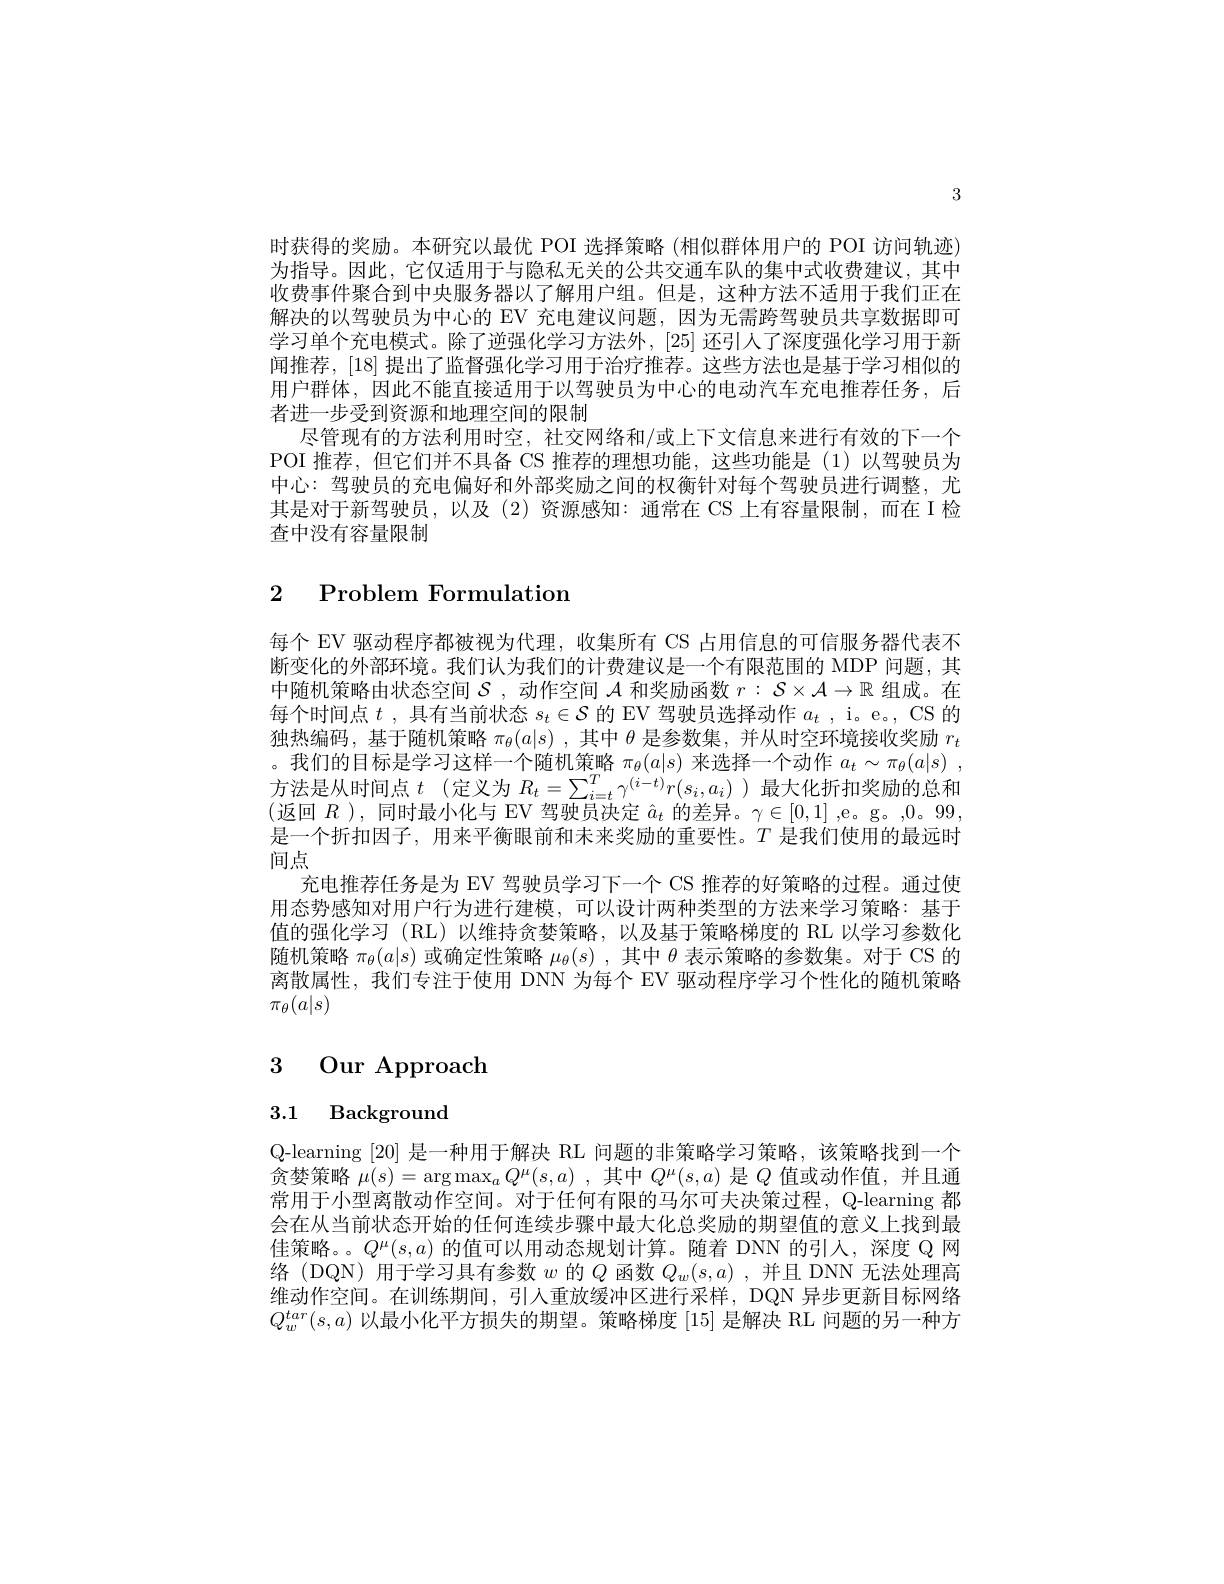
3

时获得的奖励。本研究以最优 POI 选择策略 (相似群体用户的 POI 访问轨迹) 为指导。因此，它仅适用于与隐私无关的公共交通车队的集中式收费建议，其中收费事件聚合到中央服务器以了解用户组。但是，这种方法不适用于我们正在解决的以驾驶员为中心的 EV 充电建议问题，因为无需跨驾驶员共享数据即可学习单个充电模式。除了逆强化学习方法外，[25] 还引人了深度强化学习用于新闻推荐，[18]提出了监督强化学习用于治疗推荐。这些方法也是基于学习相似的用户群体，因此不能直接适用于以驾驶员为中心的电动汽车充电推荐任务，后者进一步受到资源和地理空间的限制
尽管现有的方法利用时空，社交网络和/或上下文信息来进行有效的下一个POI 推荐，但它们并不具备 CS 推荐的理想功能，这些功能是(1)以驾驶员为中心：驾驶员的充电偏好和外部奖励之间的权衡针对每个驾驶员进行调整，尤其是对于新驾驶员，以及(2)资源感知：通常在 CS 上有容量限制，而在 I 检查中没有容量限制

# 2 Problem Formulation

每个 EV 驱动程序都被视为代理，收集所有 CS 占用信息的可信服务器代表不断变化的外部环境。我们认为我们的计费建议是一个有限范围的 MDP 问题，其中随机策略由状态空间$S$ ,动作空间$\mathcal{A}$和奖励函数$r:\mathcal{S}\times\mathcal{A}\to\mathbb{R}$组成。在每个时间点$t$ , 具有当前状态$s_t\in\mathcal{S}$的 EV 驾驶员选择动作$a_t$ , i。e。, CS 的独热编码，基于随机策略$\pi_\theta(a|s)$ ,其中$\theta$是参数集，并从时空环境接收奖励$r_t$ 。我们的目标是学习这样一个随机策略$\pi_\theta(a|s)$来选择一个动作$a_t\sim\pi_\theta(a|s)~$, 方法是从时间点$t$ (定义为$R_t=\sum_{i=t}^T\gamma^{(i-t)}r(s_i,a_i)$ )最大化折扣奖励的总和(返回$R$ ),同时最小化与 EV 驾驶员决定$\hat{a}_t$的差异。$\gamma\in[0,1]$ ,e。g。,0。99, 是一个折扣因子，用来平衡眼前和未来奖励的重要性。$T$是我们使用的最远时间点
充电推荐任务是为 EV 驾驶员学习下一个 CS 推荐的好策略的过程。通过使用态势感知对用户行为进行建模，可以设计两种类型的方法来学习策略：基于值的强化学习(RL)以维持贪婪策略，以及基于策略梯度的 RL 以学习参数化随机策略$\pi_\theta(a|s)$或确定性策略$\mu_\theta(s)$ ,其中$\theta$表示策略的参数集。对于 CS 的离散属性，我们专注于使用 DNN 为每个 EV 驱动程序学习个性化的随机策略$\pi_\theta(a|s)$

# 3 Our Approach

3.1 Background

Q-learning [20] 是一种用于解决 RL 问题的非策略学习策略，该策略找到一个贪婪策略$\mu(s)=\arg\max_aQ^\mu(s,a)$,其中$Q^\mu(s,a)$是$Q$值或动作值，并且通常用于小型离散动作空间。对于任何有限的马尔可夫决策过程，Q-learning 都会在从当前状态开始的任何连续步骤中最大化总奖励的期望值的意义上找到最佳策略。。$Q^\mu(s,a)$的值可以用动态规划计算。随着 DNN 的引入，深度 Q 网络(DQN)用于学习具有参数$w$的$Q$函数$Q_w(s,a)$ ,并且 DNN 无法处理高维动作空间。在训练期间，引人重放缓冲区进行采样，DQN 异步更新目标网络$Q_{w}^{tar}(s,a)$以最小化平方损失的期望。策略梯度[15]是解决 RL 问题的另一种方